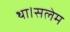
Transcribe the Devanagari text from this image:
था।सलेम